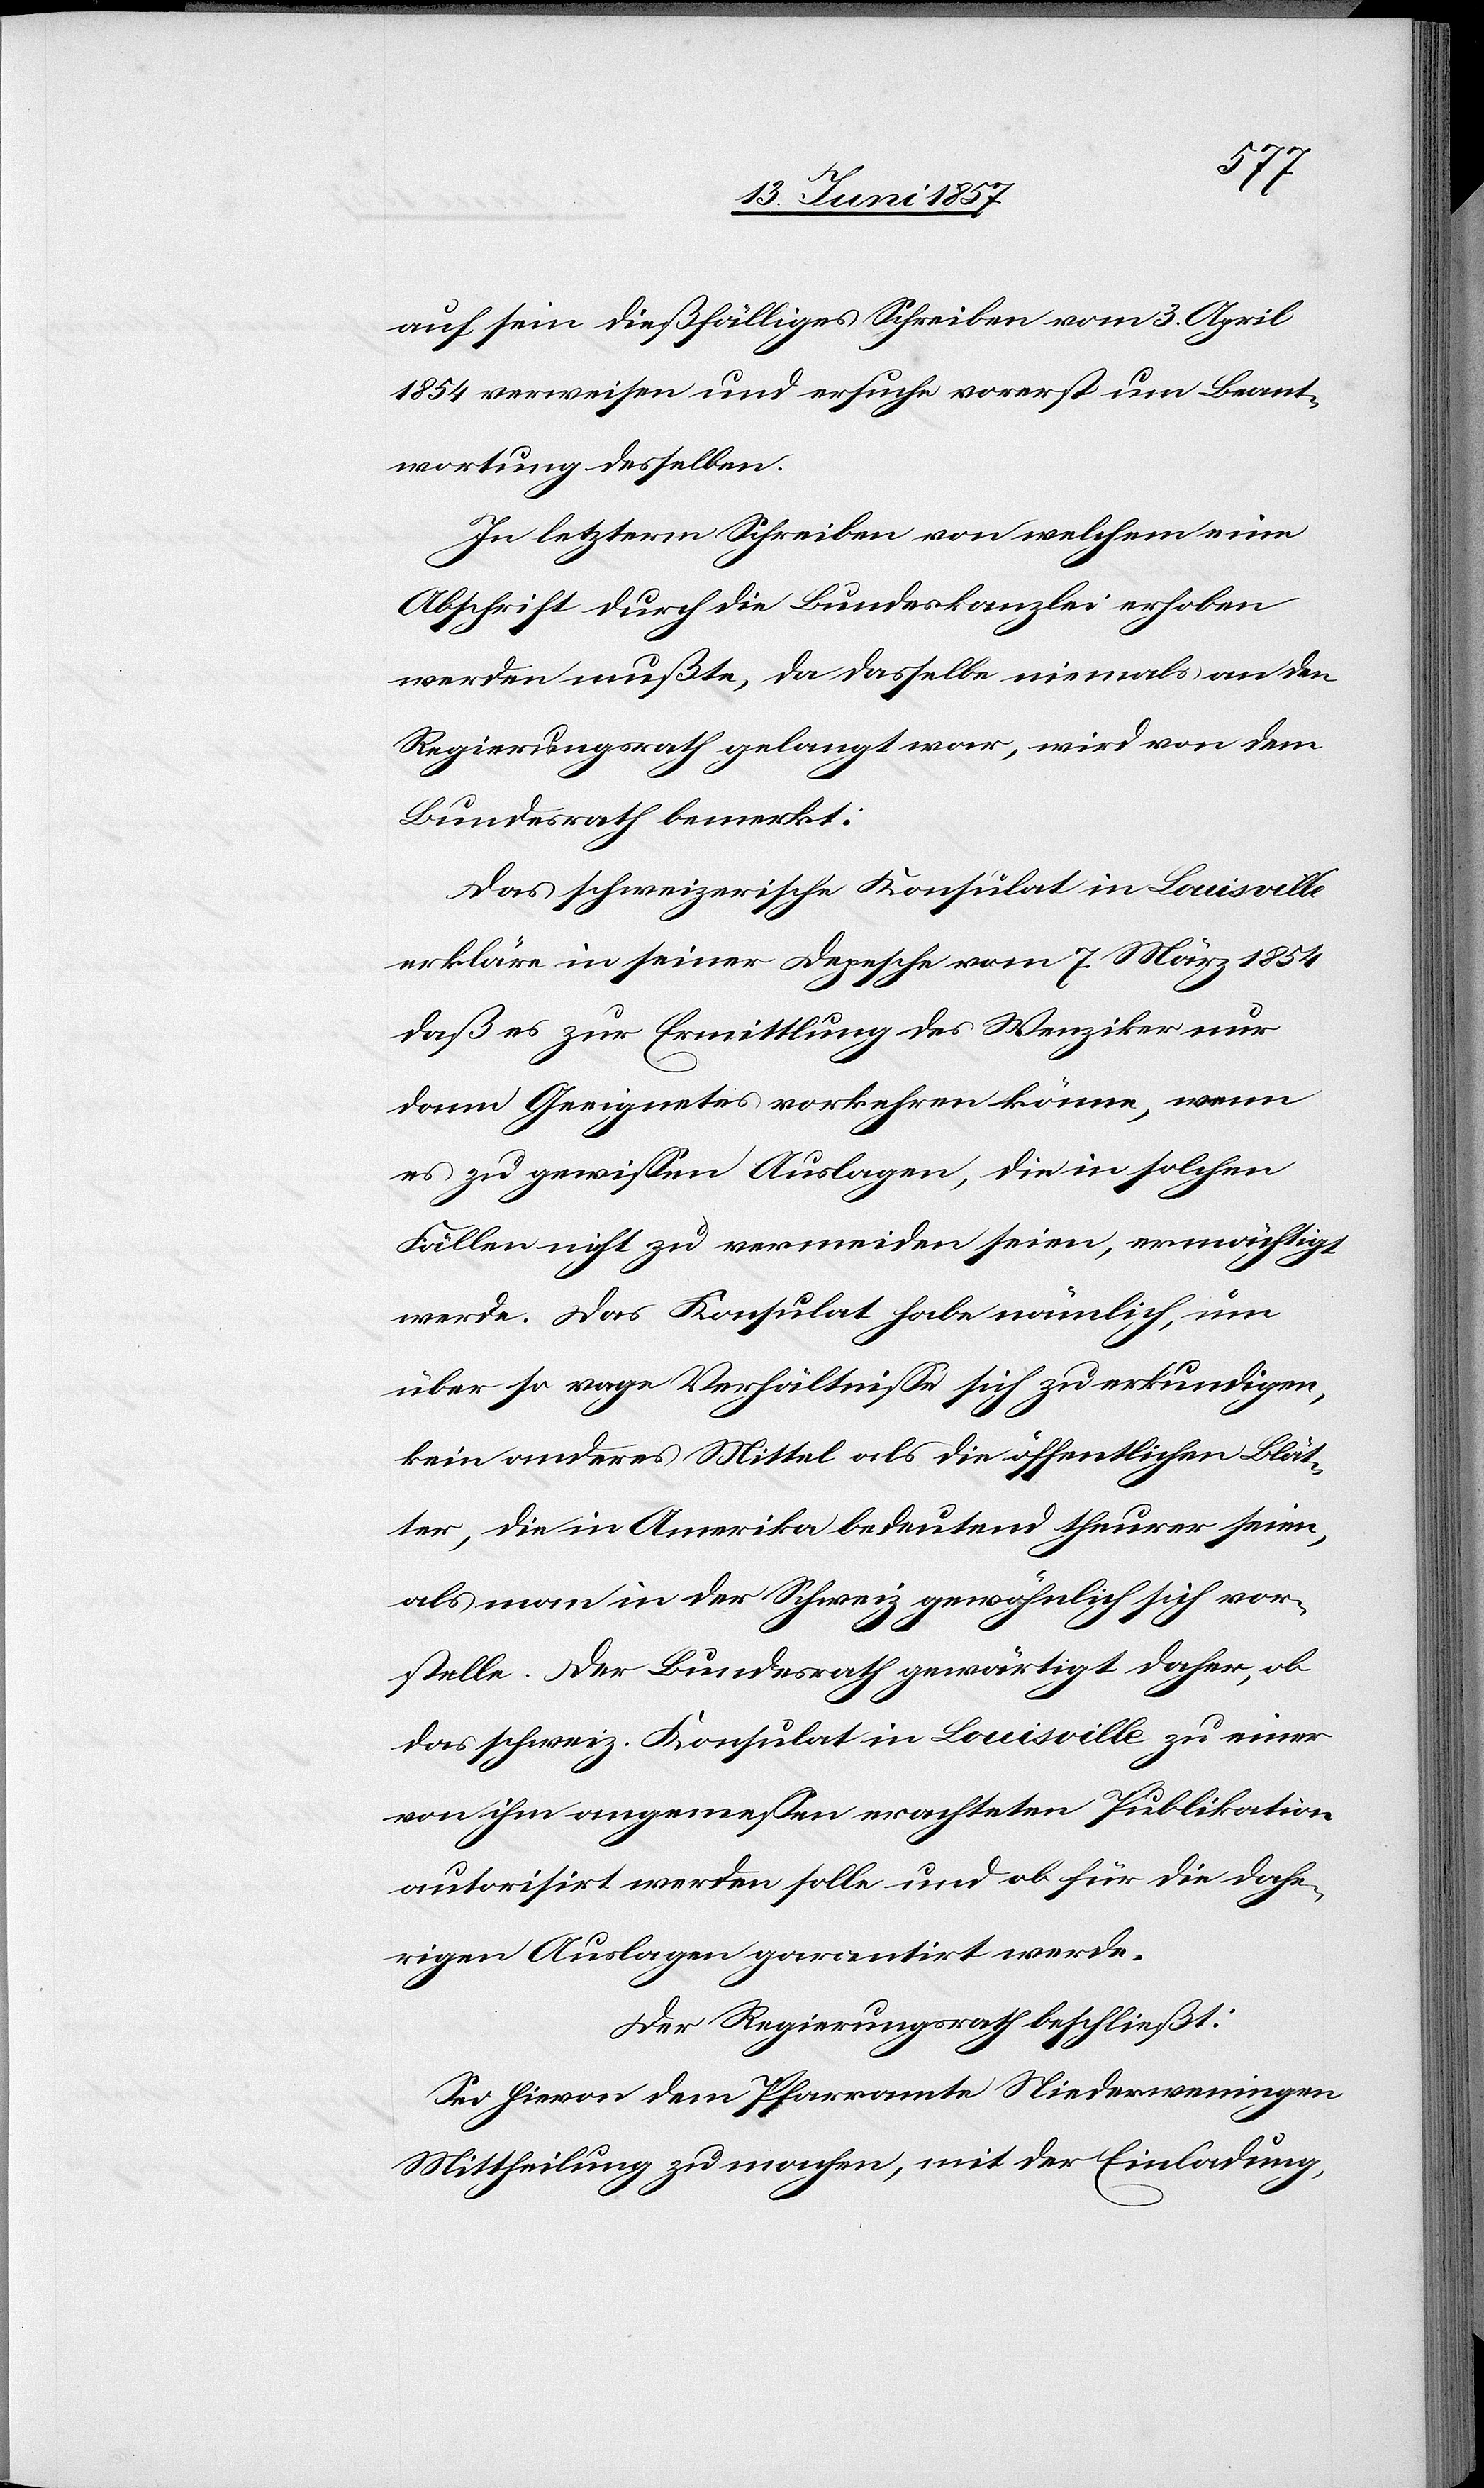
auf sein dießfälliges Schreiben vom 3 April
1854 verweisen und ersuche vorerst um Beant¬
wortung desselben.
In letzterm Schreiben von welchem eine
Abschrift durch die Bundeskanzlei erhoben
werden mußte, da dasselbe niemals an den
Regierungsrath gelangt war, wird von dem
Bundesrath bemerkt:
Das schweizerische Konsulat in Louisville
erkläre in seiner Depesche vom 7 März 1854
daß es zur Ermittlung des Wenziker nur
dann Geeignetes vorkehren könne, wenn
es zu gewissen Auslagen, die in solchen
Fällen zu vermeiden seien, ermächtigt
werde. Das Konsulat habe nämlich, um
über so vage Verhältnisse sich zu erkundigen,
kein anderes Mittel als die öffentlichen Blät¬
ter, die in Amerika bedeutend theurer seien,
als man in der Schweiz gewöhnlich sich vor¬
stelle. Der Bundesrath gewärtigt daher, ob
das schweiz. Konsulat in Louisville zu einer
von ihm angemessen erachteten Publikation
autorisirt werden solle und ob für die dahe¬
rigen Auslagen garantirt werde.
Der Regierungsrath beschließt:
Sei hievon dem Pfarramte Niederweningen
Mittheilung zu machen, mit der Einladung,